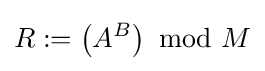
R:=\left(A^{B}\right){\text{ mod }}M